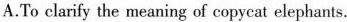
A.To clarify the meaning of copycat elephants.